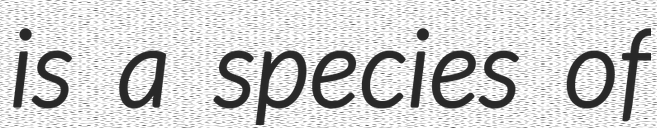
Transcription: is a species of